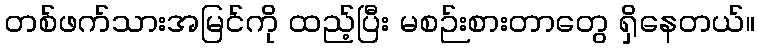
တစ်ဖက်သားအမြင်ကို ထည့်ပြီး မစဉ်းစားတာတွေ ရှိနေတယ်။